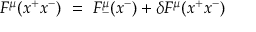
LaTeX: F ^ { \mu } ( x ^ { + } x ^ { - } ) ~ = ~ F _ { - } ^ { \mu } ( x ^ { - } ) + \delta F ^ { \mu } ( x ^ { + } x ^ { - } )